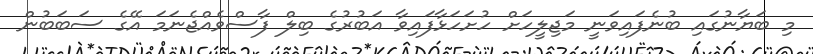
މި ބަޔާނުގައި ބުނެފައިވަނީ މަޖިލީހަށް ހުށަހަޅާފައިވާ އަބުރުގެ ބިލް ފާސްވެއްޖެނަމަ އޭގެ ސަބަބުން